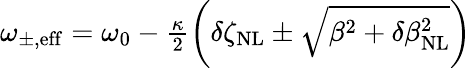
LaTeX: \begin{array}{r}{\omega_{\mathrm{\pm,eff}}=\omega_{0}-\frac{\kappa}{2}\left(\delta\zeta_{\mathrm{NL}}\pm\sqrt{\beta^{2}+\delta\beta_{\mathrm{NL}}^{2}}\right)}\end{array}